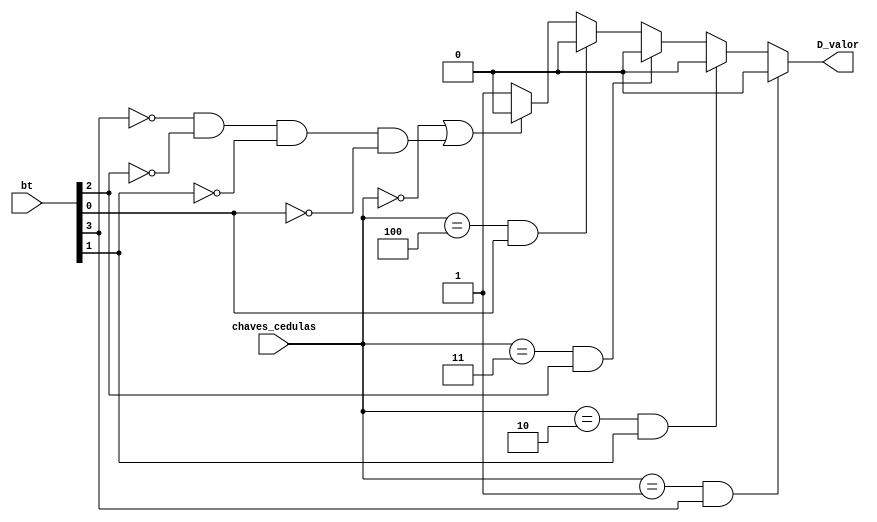
module Verificador_Compra(
    input [2:0] chaves_cedulas,  // Entrada para as chaves de cedulas
    input [3:0] bt,             // Entrada para o boto
    output D_valor              // Sada D_valor
);

    // Lgica para atribuir valor a D_valor com base nas chaves de cedulas e no boto
    assign D_valor =(chaves_cedulas == 3'b001 && bt[3]) ? 0 :   // CAF EXPRESSO   (B3)
                    (chaves_cedulas == 3'b010 && bt[1]) ? 0 :   // CAF COM LEITE  (B1)
                    (chaves_cedulas == 3'b011 && bt[2]) ? 0 :   // CH DE CAMOMILA (B2)
                    (chaves_cedulas == 3'b100 && bt[0]) ? 0 :   // CAPUCCINO       (B0)
                    (chaves_cedulas == 3'b000 || !bt[3] && !bt[2] && !bt[1] && !bt[0]) ? 0 : 1;

endmodule